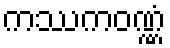
ကဿကဝဏ္ဏံ